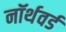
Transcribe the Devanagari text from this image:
नॉर्थवर्ड